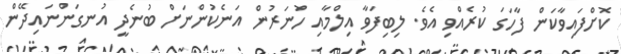
ކޮށްފައިވާކަން ފާހަގަ ކުރެއްވި އެވެ. ލިބިފަވާ އިލްމާއި ހުނަރުން އަނެކުންނަށް ބުނެދީ އުނގަންނައިދޭން